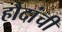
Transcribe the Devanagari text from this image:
हौदांची